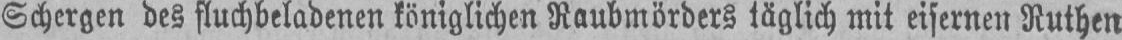
Schergen des fluchbeladenen königlichen Raubmörders täglich mit eisernen Ruthen